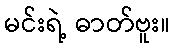
မင်းရဲ့ ဓာတ်ဗူး။